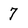
Character: 7